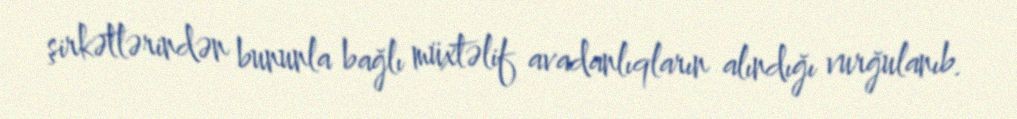
şirkətlərindən bununla bağlı müxtəlif avadanlıqların alındığı vurğulanıb.